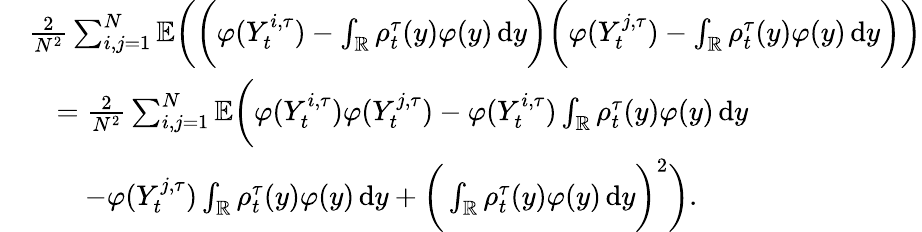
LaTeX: \begin{array}{rl}&{\frac{2}{N^{2}}\sum_{i,j=1}^{N}\mathbb{E}\bigg(\bigg(\varphi(Y_{t}^{i,\tau})-\int_{\mathbb{R}}\rho_{t}^{\tau}(y)\varphi(y)\, \mathrm{d}y\bigg)\bigg(\varphi(Y_{t}^{j,\tau})-\int_{\mathbb{R}}\rho_{t}^{\tau}(y)\varphi(y)\, \mathrm{d}y\bigg)\bigg)}\\ &{\quad=\frac{2}{N^{2}}\sum_{i,j=1}^{N}\mathbb{E}\bigg(\varphi(Y_{t}^{i,\tau})\varphi(Y_{t}^{j,\tau})-\varphi(Y_{t}^{i,\tau})\int_{\mathbb{R}}\rho_{t}^{\tau}(y)\varphi(y)\, \mathrm{d}y}\\ &{\quad\quad-\varphi(Y_{t}^{j,\tau})\int_{\mathbb{R}}\rho_{t}^{\tau}(y)\varphi(y)\, \mathrm{d}y+\bigg(\int_{\mathbb{R}}\rho_{t}^{\tau}(y)\varphi(y)\, \mathrm{d}y\bigg)^{2}\bigg).}\end{array}